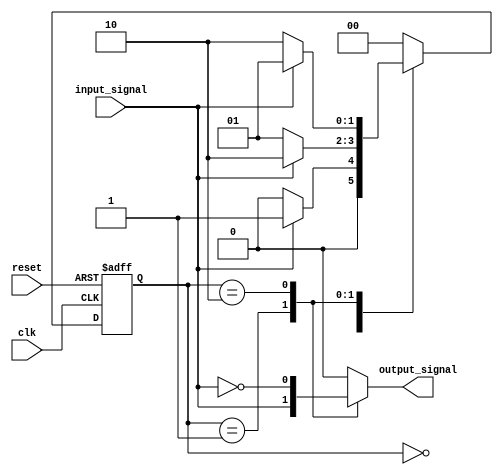
module Mealy_State_Machine (
    input clk,
    input reset,
    input input_signal,
    output reg output_signal
);

// State enumeration
parameter IDLE = 2'b00;
parameter STATE1 = 2'b01;
parameter STATE2 = 2'b10;

// Declare state registers
reg [1:0] current_state;
reg [1:0] next_state;

always @ (posedge clk or posedge reset) begin
    if (reset) begin
        current_state <= IDLE;
    end else begin
        current_state <= next_state;
    end
end

// Next state logic
always @ (*) begin
    case (current_state)
        IDLE: begin
            if (input_signal) begin
                next_state = STATE1;
            end else begin
                next_state = IDLE;
            end
        end
        STATE1: begin
            if (input_signal) begin
                next_state = STATE2;
            end else begin
                next_state = STATE1;
            end
        end
        STATE2: begin
            if (input_signal) begin
                next_state = STATE1;
            end else begin
                next_state = STATE2;
            end
        end
        default: next_state = IDLE;
    endcase
end

// Output logic
always @ (*) begin
    case (current_state)
        IDLE: output_signal = 1'b0;
        STATE1: output_signal = input_signal;
        STATE2: output_signal = ~input_signal;
        default: output_signal = 1'b0;
    endcase
end

endmodule